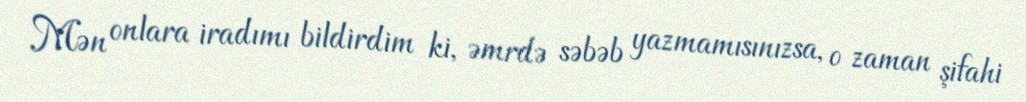
Mən onlara iradımı bildirdim ki, əmrdə səbəb yazmamısınızsa, o zaman şifahi